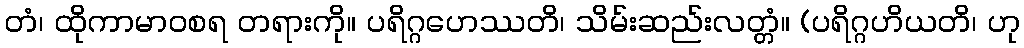
တံ၊ ထိုကာမာဝစရ တရားကို။ ပရိဂ္ဂဟေဿတိ၊ သိမ်းဆည်းလတ္တံ။ (ပရိဂ္ဂဟိယတိ၊ ဟု